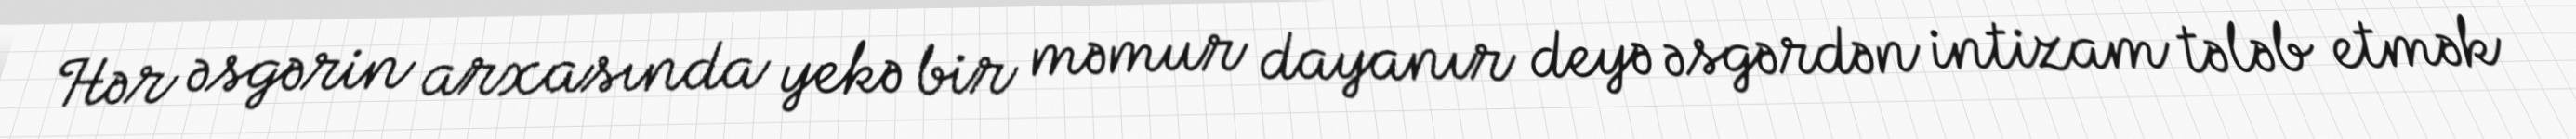
Hər əsgərin arxasında yekə bir məmur dayanır deyə əsgərdən intizam tələb etmək